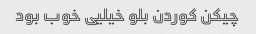
چیکن کوردن بلو خیلیی خوب بود